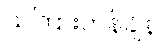
သကြားတန်ချိန်